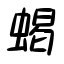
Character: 蝎